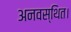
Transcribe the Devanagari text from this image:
अनवस्थित।